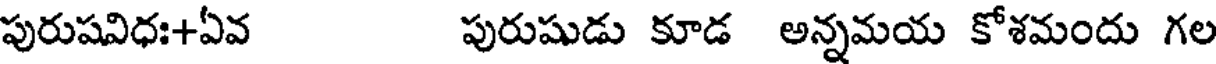
పురుషవిధః+ఏవ పురుషుడు కూడ అన్నమయ కోశమందు గల